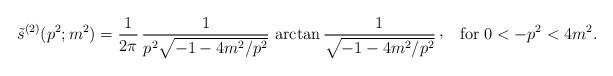
LaTeX: \begin{align*}\tilde s^{(2)}(p^{2};m^{2})= {1\over 2\pi}\,{1\over p^{2}\sqrt{-1-4m^{2}/p^{2}}}\, \arctan {1\over\sqrt{-1-4m^{2}/p^{2}}}\, \raise 2pt\hbox{,}\quad {\rm for} \ 0< -p^{2}< 4m^{2}.\end{align*}